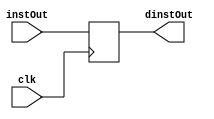
`timescale 1ns / 1ps
//////////////////////////////////////////////////////////////////////////////////
// Company: 
// Engineer: 
// 
// Design Name: 
// Module Name:
// Project Name: 
// Target Devices: 
// Tool Versions: 
// Description: 
// 
// Dependencies: 
// 
// Revision:
// Revision 0.01 - File Created
// Additional Comments:
// 
//////////////////////////////////////////////////////////////////////////////////

module IFIDpipelineReg(
    input clk,
    input [31:0] instOut, 
    output reg [31:0] dinstOut 
    );
    
    always @ (posedge clk)
        begin
            dinstOut = instOut;
        end
        
endmodule